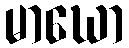
မာဃော